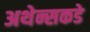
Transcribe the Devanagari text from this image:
अथेन्सकडे